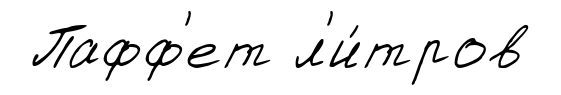
Пафф'ет л'и́тров